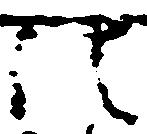
法